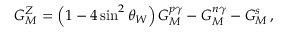
G _ { M } ^ { Z } = \left( 1 - 4 \sin ^ { 2 } \theta _ { W } \right) G _ { M } ^ { p \gamma } - G _ { M } ^ { n \gamma } - G _ { M } ^ { s } \, ,